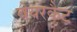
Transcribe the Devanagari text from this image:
बेयरकैट